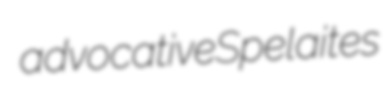
advocative Spelaites